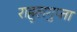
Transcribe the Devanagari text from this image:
राहुलगुप्ता